Vaccine operations Central Provinces & Berar 1922-1929 - 1922-1929
Year: 1922
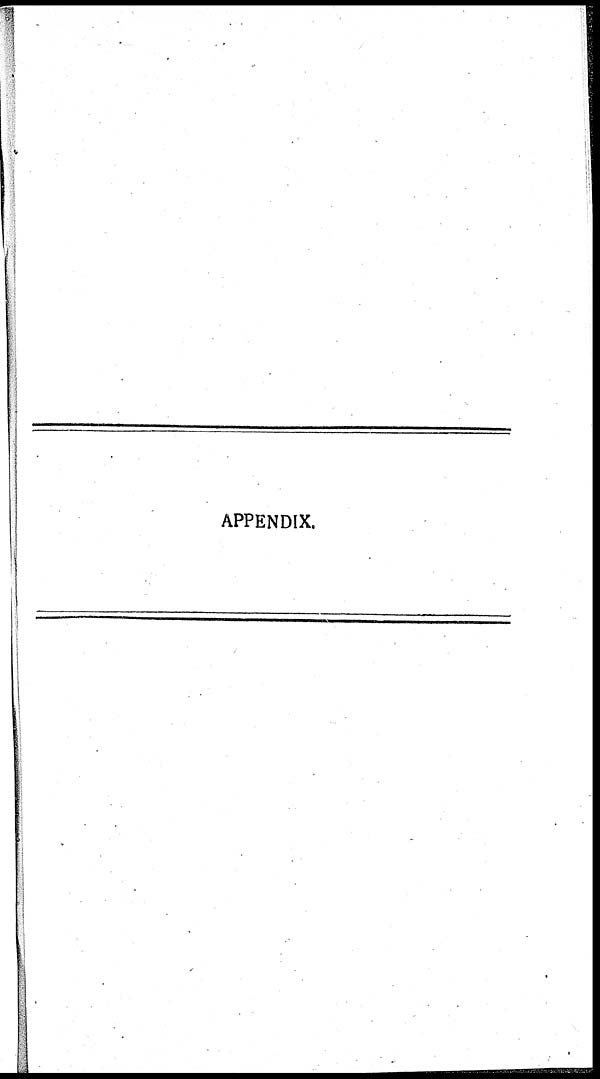
APPENDIX.